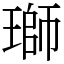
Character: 瑡